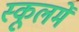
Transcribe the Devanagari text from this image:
स्कूलमें